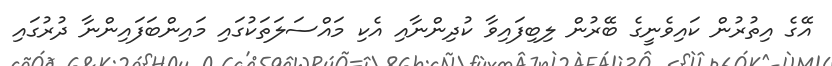
އޭގެ އިތުރުން ކައިވެނީގެ ބޭރުން ލިބިފައިވާ ކުދިންނާއި އެކި މައްސަލަތަކުގައި މައިންބަފައިންނާ ދުރުގައި